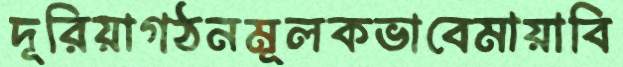
দূরিয়াগঠনমূলকভাবেমায়াবি